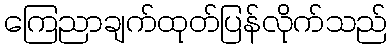
ကြေညာချက်ထုတ်ပြန်လိုက်သည်